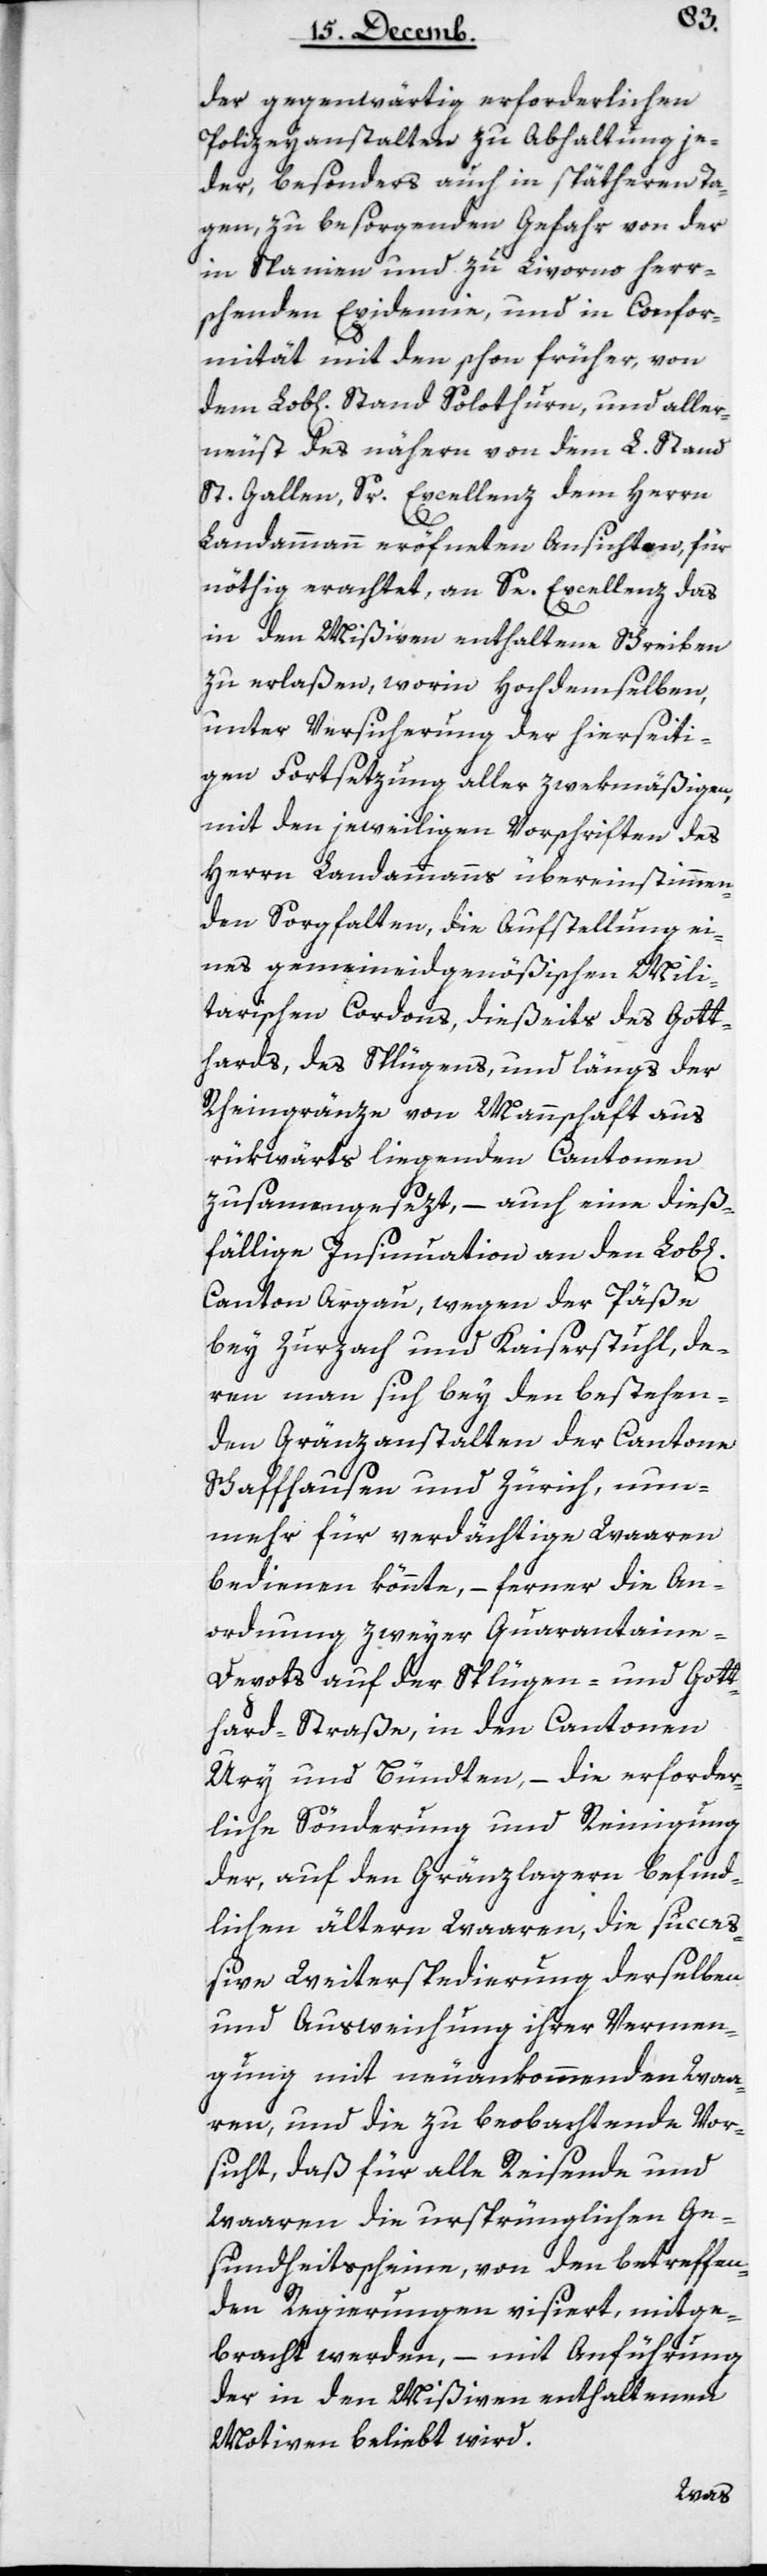
der gegenwärtig erforderlichen
Polizeyanstalten zu Abhaltung je¬
der, besonders auch in spätheren Ta¬
gen, zu besorgenden Gefahr von der
in Spanien und zu Livorno herr¬
schenden Epidemie, und in Confor¬
mität mit den schon früher von
dem Lobl. Stand Solothurn und aller¬
neust des nähern von dem L. Stand
St. Gallen, Sr. Excellenz dem Herrn
nöthig erachtet, an Se Excellenz das
in den Mißiven enthaltene Schreiben
zu erlaßen, worin Hochdemselben,
unter Versicherung der hierseiti¬
gen Fortsetzung aller zwekmäßigen,
mit den jeweiligen Vorschriften des
Herrn Landammanns übereinstimmen¬
den Sorgfalten, die Aufstellung ei¬
nes gemeineidgenößischen Mili¬
tairischen Cordons, dießeits des Gott¬
hards, des Splügens und längs der
Rheingrenze von Mannschaft aus
rükwärts liegenden Cantonen
zusammengesezt, – auch eine dieß¬
fällige Insinuation an den Lobl.
Canton Argau, wegen der Päße
bey Zurzach und Kaiserstuhl, de¬
ren man sich bey den bestehen¬
den Gränzanstalten der Cantone
Schaffhausen und Zürich, nun¬
mehr für verdächtige Waaren
bedienen könnte, – ferner die An¬
ordnung zweyer Quarantaine-D¬
epots auf der Splügen- und Gott¬
hard-Straße, in den Cantonen
Uri und Bündten, – die erforder¬
liche Sönderung und Reinigung
der, auf den Gränzlagern befind¬
lichen älteren Waaren, die succeß¬
ive Weiterspedierung derselben
und Ausweichung ihrer Vermen¬
gung mit neuankommenden Waa¬
ren, und die zu beobachtende Vor¬
sicht, daß für alle Reisende und
Waaren die ursprünglichen Ge¬
sundheitsscheine von den betreffen¬
den Regierungen visiert, mitge¬
bracht werden, – mit Anführung
der in den Mißiven enthaltenen
Motiven beliebt wird.